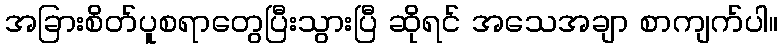
အခြားစိတ်ပူစရာတွေပြီးသွားပြီ ဆိုရင် အသေအချာ စာကျက်ပါ။